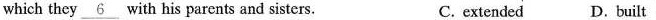
which they \underline{6} with his parents and sisters. C. extended D. built